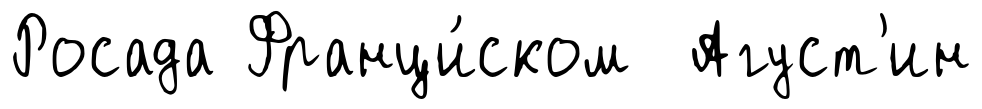
Росада Франци́ском Агуст'ин